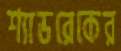
শ্যাডরেকের